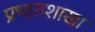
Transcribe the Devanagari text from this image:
प्रभातशाखा